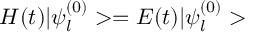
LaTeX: { \cal H } ( t ) | \psi _ { l } ^ { ( 0 ) } > = E ( t ) | \psi _ { l } ^ { ( 0 ) } >